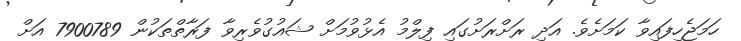
ހަމަޖެހިފައިވާ ކަމަށެވެ. އަދި ރަށްރަށުގައި ފިލްމު އެޅުވުމަށް ޝައުގުވެރިވާ ފަރާތްތަކުން 7900789 އަށް